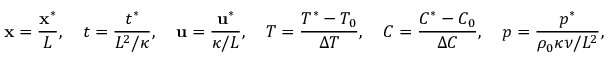
\mathbf { x } = \frac { \mathbf { x } ^ { * } } { L } , \quad t = \frac { t ^ { * } } { L ^ { 2 } / \kappa } , \quad \mathbf { u } = \frac { \mathbf { u } ^ { * } } { \kappa / L } , \quad T = \frac { T ^ { * } - T _ { 0 } } { \Delta T } , \quad C = \frac { C ^ { * } - C _ { 0 } } { \Delta C } , \quad p = \frac { p ^ { * } } { \rho _ { 0 } \kappa \nu / L ^ { 2 } } ,